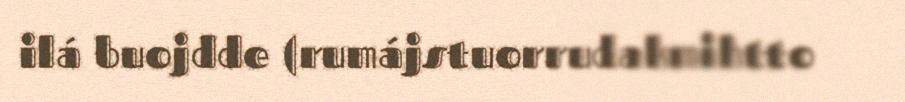
ilá buojdde (rumájstuorrudakmihtto